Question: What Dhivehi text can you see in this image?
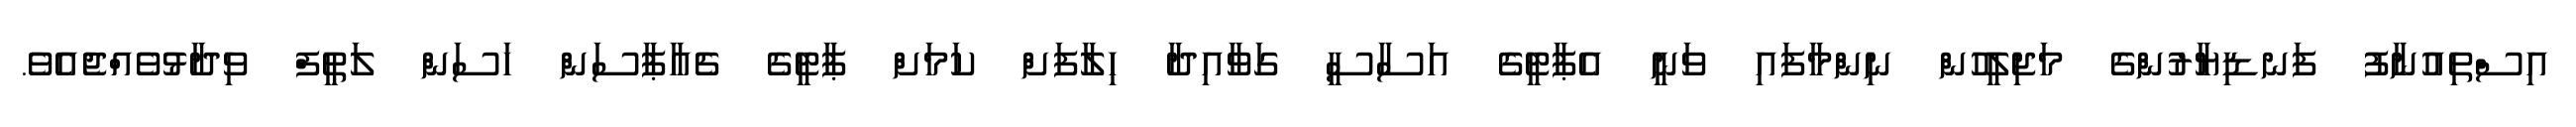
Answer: އިސްތިއުނާފު ފަނޑިޔާރުންގެ މަޖިލީހުން ނިންމާފައި ވަނީ އެޕާޓީގެ އަސާސީ ގަވާއިދާ ހިލާފަށް ކަމަށް ޕާޓީގެ ޗެއާޕާސަން ހަސަން ލަތީފް ވިދާޅުވެއްޖެއެވެ.